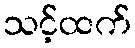
သင့်ထက်